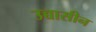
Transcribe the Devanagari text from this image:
उच्चासीन